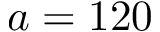
a = 1 2 0